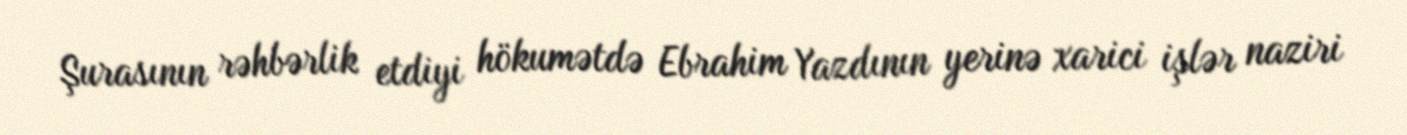
Şurasının rəhbərlik etdiyi hökumətdə Ebrahim Yazdının yerinə xarici işlər naziri